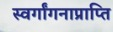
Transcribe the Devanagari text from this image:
स्वर्गांगनाप्राप्ति